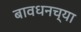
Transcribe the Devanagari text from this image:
बावधनच्या